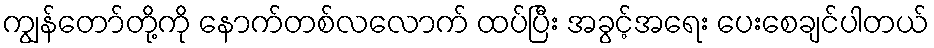
ကျွန်တော်တို့ကို နောက်တစ်လလောက် ထပ်ပြီး အခွင့်အရေး ပေးစေချင်ပါတယ်